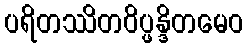
ပရိတဿိတဝိပ္ဖန္ဒိတမေဝ